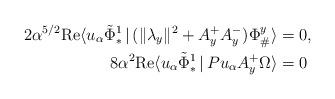
LaTeX: \begin{align*} 2 \alpha^{5/2} \mathrm{Re}\langle u_{\alpha} \tilde{\Phi}_*^1\,|\, (\|\lambda_y\|^2 + A^+_y A^-_y) \Phi_{\#}^y \rangle &= 0,\\ 8 \alpha^2 \mathrm{Re} \langle u_{\alpha} \tilde{\Phi}_*^1\,|\, P u_{\alpha} A^+_y \Omega \rangle &= 0\end{align*}